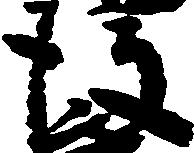
後